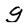
Character: g